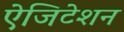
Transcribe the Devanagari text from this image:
ऐजिटेशन